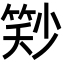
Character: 𬕓